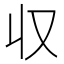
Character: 収